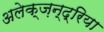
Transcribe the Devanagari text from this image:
अलेक्ज़न्द्रिया